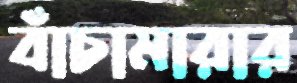
বাঁচামারার